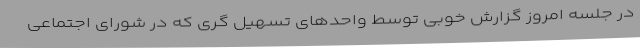
در جلسه امروز گزارش خوبی توسط واحدهای تسهیل گری که در شورای اجتماعی